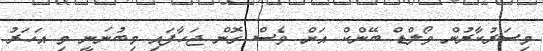
މިސަރުކާރުން ވޯލްޑް ބޭންކް އަށް ވެސް ގޮން ޖަހާފައި މިބުނަނީ މި އަހަރު